Report on lock hospitals in British Burma
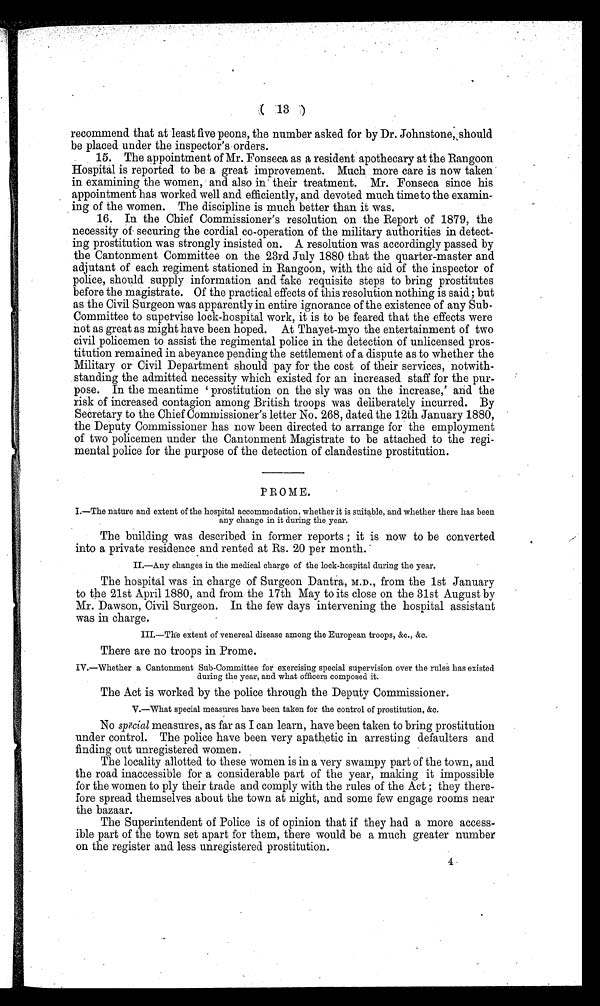
( 13 )
recommend that at least five peons, the number asked for by Dr. Johnstone, should
be placed under the inspector's orders.
15. The appointment of Mr. Fonseca as a resident apothecary at the Rangoon
Hospital is reported to be a great improvement. Much more care is now taken
in examining the women, and also in' their treatment. Mr. Fonseca since his
appointment has worked well and efficiently, and devoted much time to the examin-
ing of the women. The discipline is much better than it was.
16. In the Chief Commissioner's resolution on the Report of 1879, the
necessity of securing the cordial co-operation of the military authorities in detect-
ing prostitution was strongly insisted on. A resolution was accordingly passed by
the Cantonment Committee on the 23rd July 1880 that the quarter-master and
adjutant of each regiment stationed in Rangoon, with the aid of the inspector of
police, should supply information and fake requisite steps to bring prostitutes
before the magistrate. Of the practical effects of this resolution nothing is said; but
as the Civil Surgeon was apparently in entire ignorance of the existence of any Sub-
Committee to supervise lock-hospital work, it is to be feared that the effects were
not as great as might have been hoped. At Thayet-myo the entertainment of two
civil policemen to assist the regimental police in the detection of unlicensed pros-
titution remained in abeyance pending the settlement of a dispute as to whether the
Military or Civil Department should pay for the cost of their services, notwith-
standing the admitted necessity which existed for an increased staff for the pur-
pose. In the meantime prostitution on the sly was on the increase,' and the
risk of increased contagion among British troops was deliberately incurred. By
Secretary to the Chief Commissioner's letter No. 268, dated the 12th January 1880,
the Deputy Commissioner has now been directed to arrange for the employment
of two policemen under the Cantonment Magistrate to be attached to the regi-
mental police for the purpose of the detection of clandestine prostitution.
PROME.
I.—The nature and extent of the hospital accommodation, whether it is suitable, and whether there has been
any change in it during the year.
The building was described in former reports ; it is now to be converted
into a private residence and rented at Rs. 20 per month.
II.—Any changes in the medical charge of the lock-hospital during the year.
The hospital was in charge of Surgeon Dantra, M.D., from the 1st January
to the 21st April 1880, and from the 17th May to its close on the 31st August by
Mr. Dawson, Civil Surgeon. In the few days intervening the hospital assistant
was in charge.
extent of venereal disease among the European troops, &c., &c.
There are no troops in Prome.
IV.—Whether a Cantonment Sub-Committee for exercising special supervision over the rules has existed
during the year, and what officers composed it.
The Act is worked by the police through the Deputy Commissioner.
V.—What special measures have been taken for the control of prostitution, &c.
No special measures, as far as I can learn, have been taken to bring prostitution
under control. The police have been very apathetic in arresting defaulters and
finding out unregistered women.
The locality allotted to these women is in a very swampy part of the town, and
the road inaccessible for a considerable part of the year, making it impossible
for the women to ply their trade and comply with the rules of the Act ; they there-
fore spread themselves about the town at night, and some few engage rooms near
the bazaar.
The Superintendent of Police is of opinion that if they had a more access-
ible part of the town set apart for them, there would be a much greater number
on the register and less unregistered prostitution.
4.